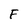
Character: F